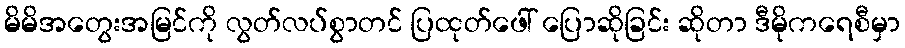
မိမိအတွေးအမြင်ကို လွတ်လပ်စွာတင် ပြထုတ်ဖေါ် ပြောဆိုခြင်း ဆိုတာ ဒီမိုကရေစီမှာ